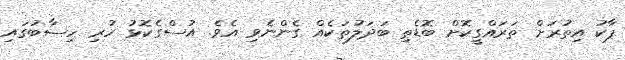
ޕާކު އިތުރަށް ތަރައްގީކޮށް ބޮޑެތި ބަދަލުތަކެއް ގެންނެވި އެވެ. އުސްގެކޮޅު ހުރި ހިސާބުގައި